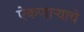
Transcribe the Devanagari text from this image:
ऐकणाऱ्याचे